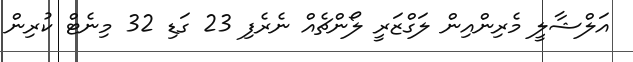
އަލްޝާލީ މެރިންއިން ލަގްޒަރީ ލޯންޗެއް ނެރެފި 23 ގަޑި 32 މިނެޓް ކުރިން